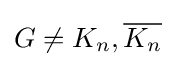
G\neq K_{n},{\overline {K_{n}}}